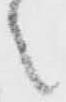
之